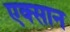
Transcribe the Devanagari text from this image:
एक्सान